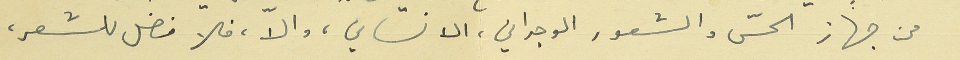
من جهاز الحسّ والشعور الوجداني، الانساني، والاّ، فلا فضل للشعر،